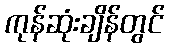
ကုန်ဆုံးချိန်တွင်